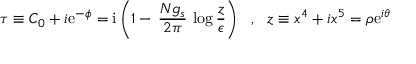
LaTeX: \tau \equiv C _ { 0 } + i \mathrm { e } ^ { - \phi } = \mathrm { i } \left( 1 - \, \frac { N g _ { s } } { 2 \pi } \, \log \frac { z } { \epsilon } \right) ~ ~ , ~ ~ z \equiv x ^ { 4 } + i x ^ { 5 } = \rho \mathrm { e } ^ { i \theta }